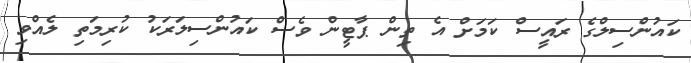
ކައުންސިލްގެ ރައީސް ކަމަށް އެ ތިން ޕާޓީން ވެސް ކައުންސިލަރަކު ކުރިމަތި ލެއްވި